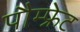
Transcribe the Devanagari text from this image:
पौम्‍फ्रेट